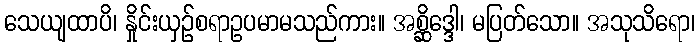
သေယျထာပိ၊ နှိုင်းယှဉ်စရာဥပမာမသည်ကား။ အစ္ဆိဒ္ဒေါ၊ မပြတ်သော။ အသုသိရော၊